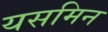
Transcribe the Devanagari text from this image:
यसमिन